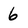
Character: 6